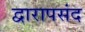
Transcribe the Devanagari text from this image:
द्वारापसंद